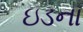
ઇડના